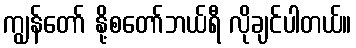
ကျွန်တော် နို့စတော်ဘယ်ရီ လိုချင်ပါတယ်။